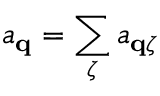
a _ { \mathbf { q } } = \sum _ { \zeta } a _ { \mathbf { q } \zeta }